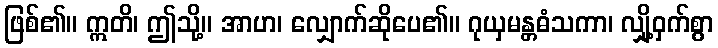
ဖြစ်၏။ ဣတိ၊ ဤသို့။ အာဟ၊ လျှောက်ဆိုပေ၏။ ဂုယှမန္တဓံသကာ၊ လျှို့ဝှက်စွာ